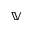
\mathbb { V }